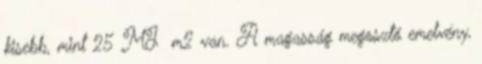
kisebb, mint 25 MJ m2 van. A magasság megosztó emelvény,